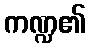
ကဏ္ဍ၏